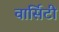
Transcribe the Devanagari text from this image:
वार्सिटी